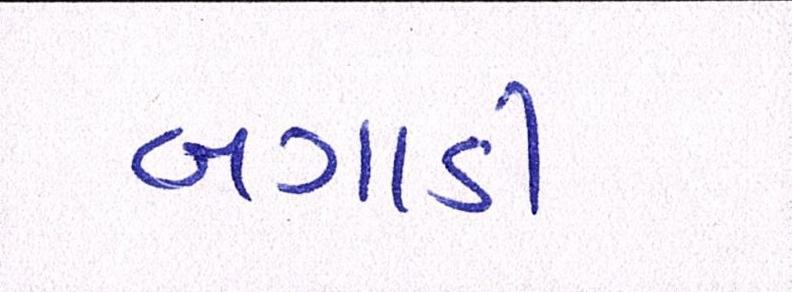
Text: બગાડી